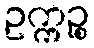
ဥက္ကဉ္စ